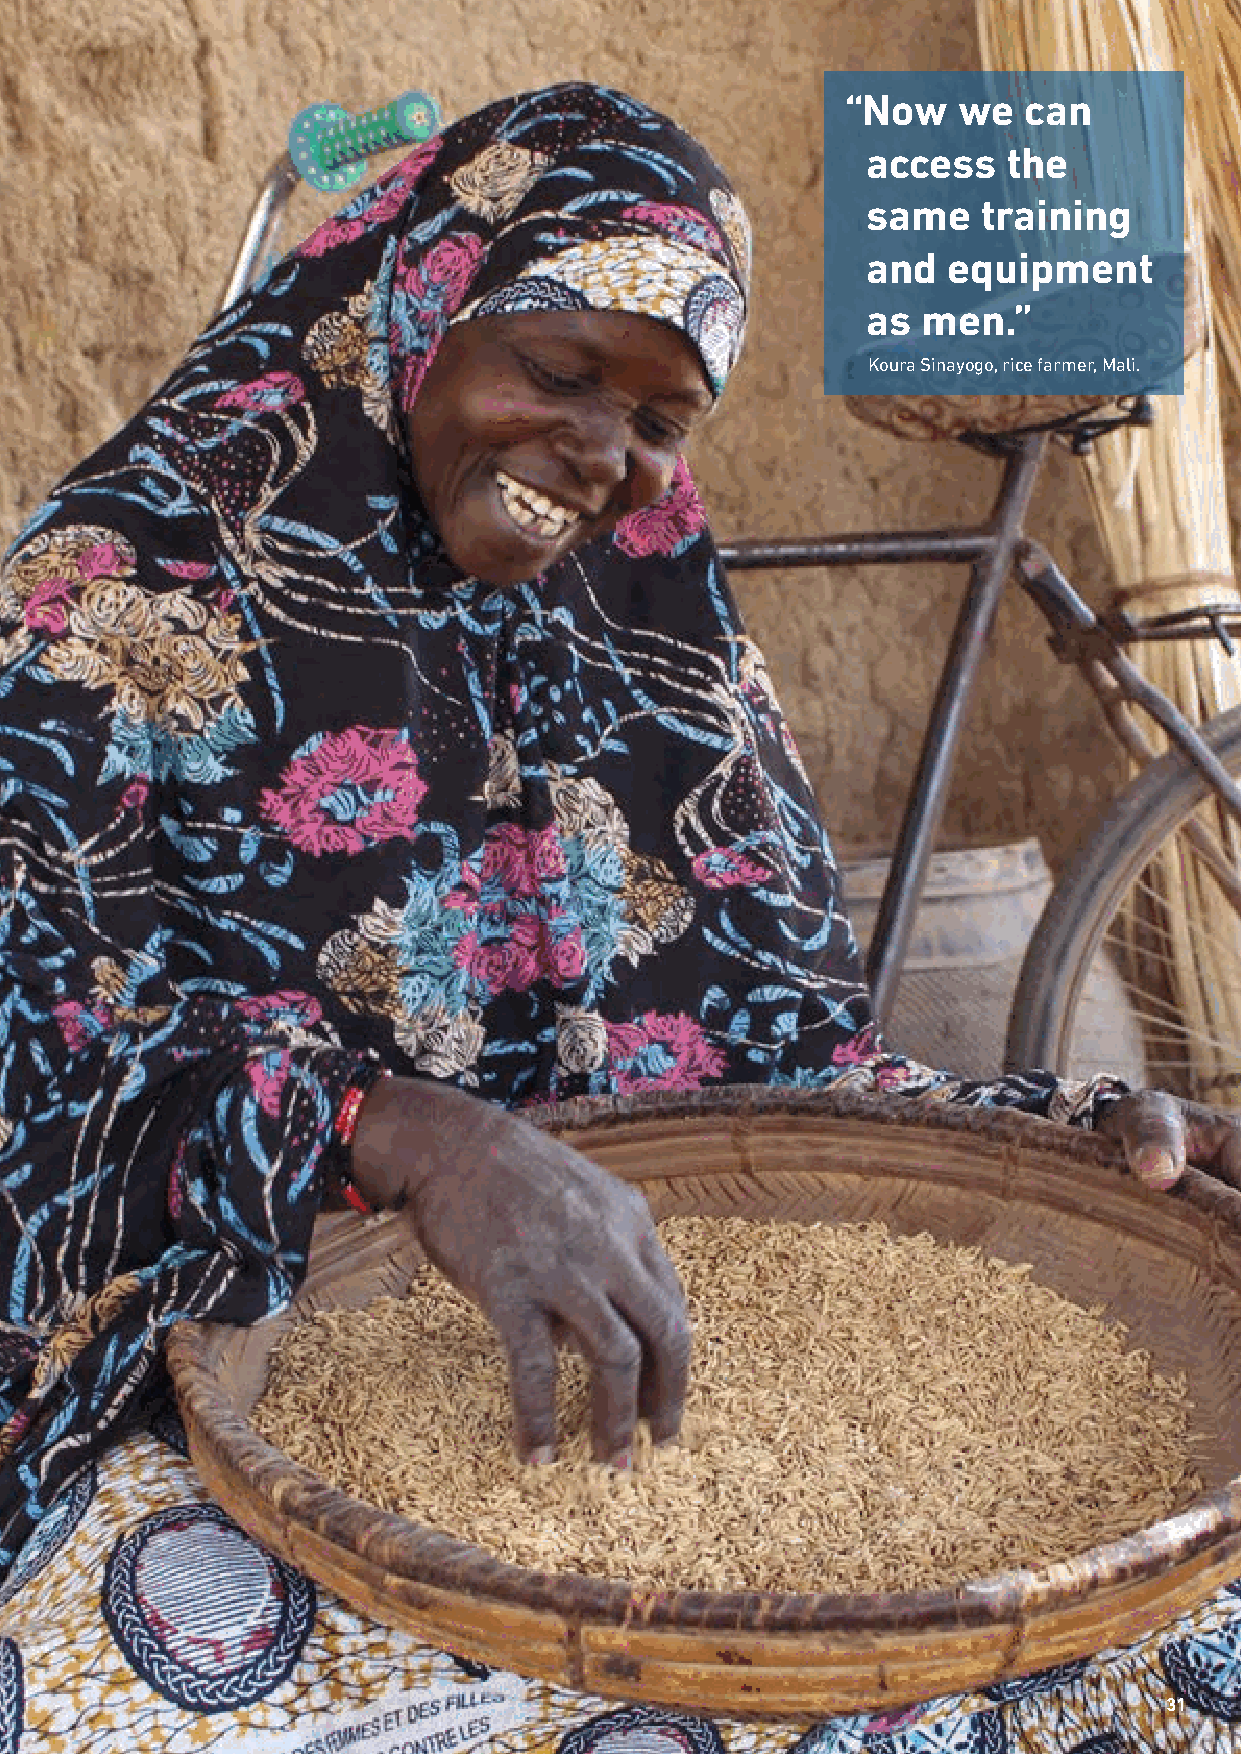
“Now   we   can
 access    the
 same    training
 and   equipment
 as  men.”
 Koura Sinayogo, rice farmer, Mali.
 31